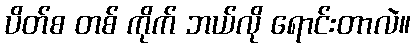
ပိတ်စ တစ် ကိုက် ဘယ်လို ရောင်းတာလဲ။